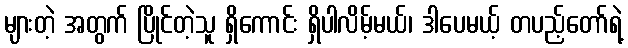
များတဲ့ အတွက် ပြိုင်တဲ့သူ ရှိကောင်း ရှိပါလိမ့်မယ်၊ ဒါပေမယ့် တပည့်တော်ရဲ့